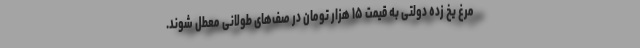
مرغ یخ زده دولتی به قیمت ۱۵ هزار تومان در صف‌های طولانی معطل شوند.